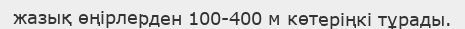
жазық өңірлерден 100-400 м көтеріңкі тұрады.